koduurija_Pavel_Tisler, lk 13
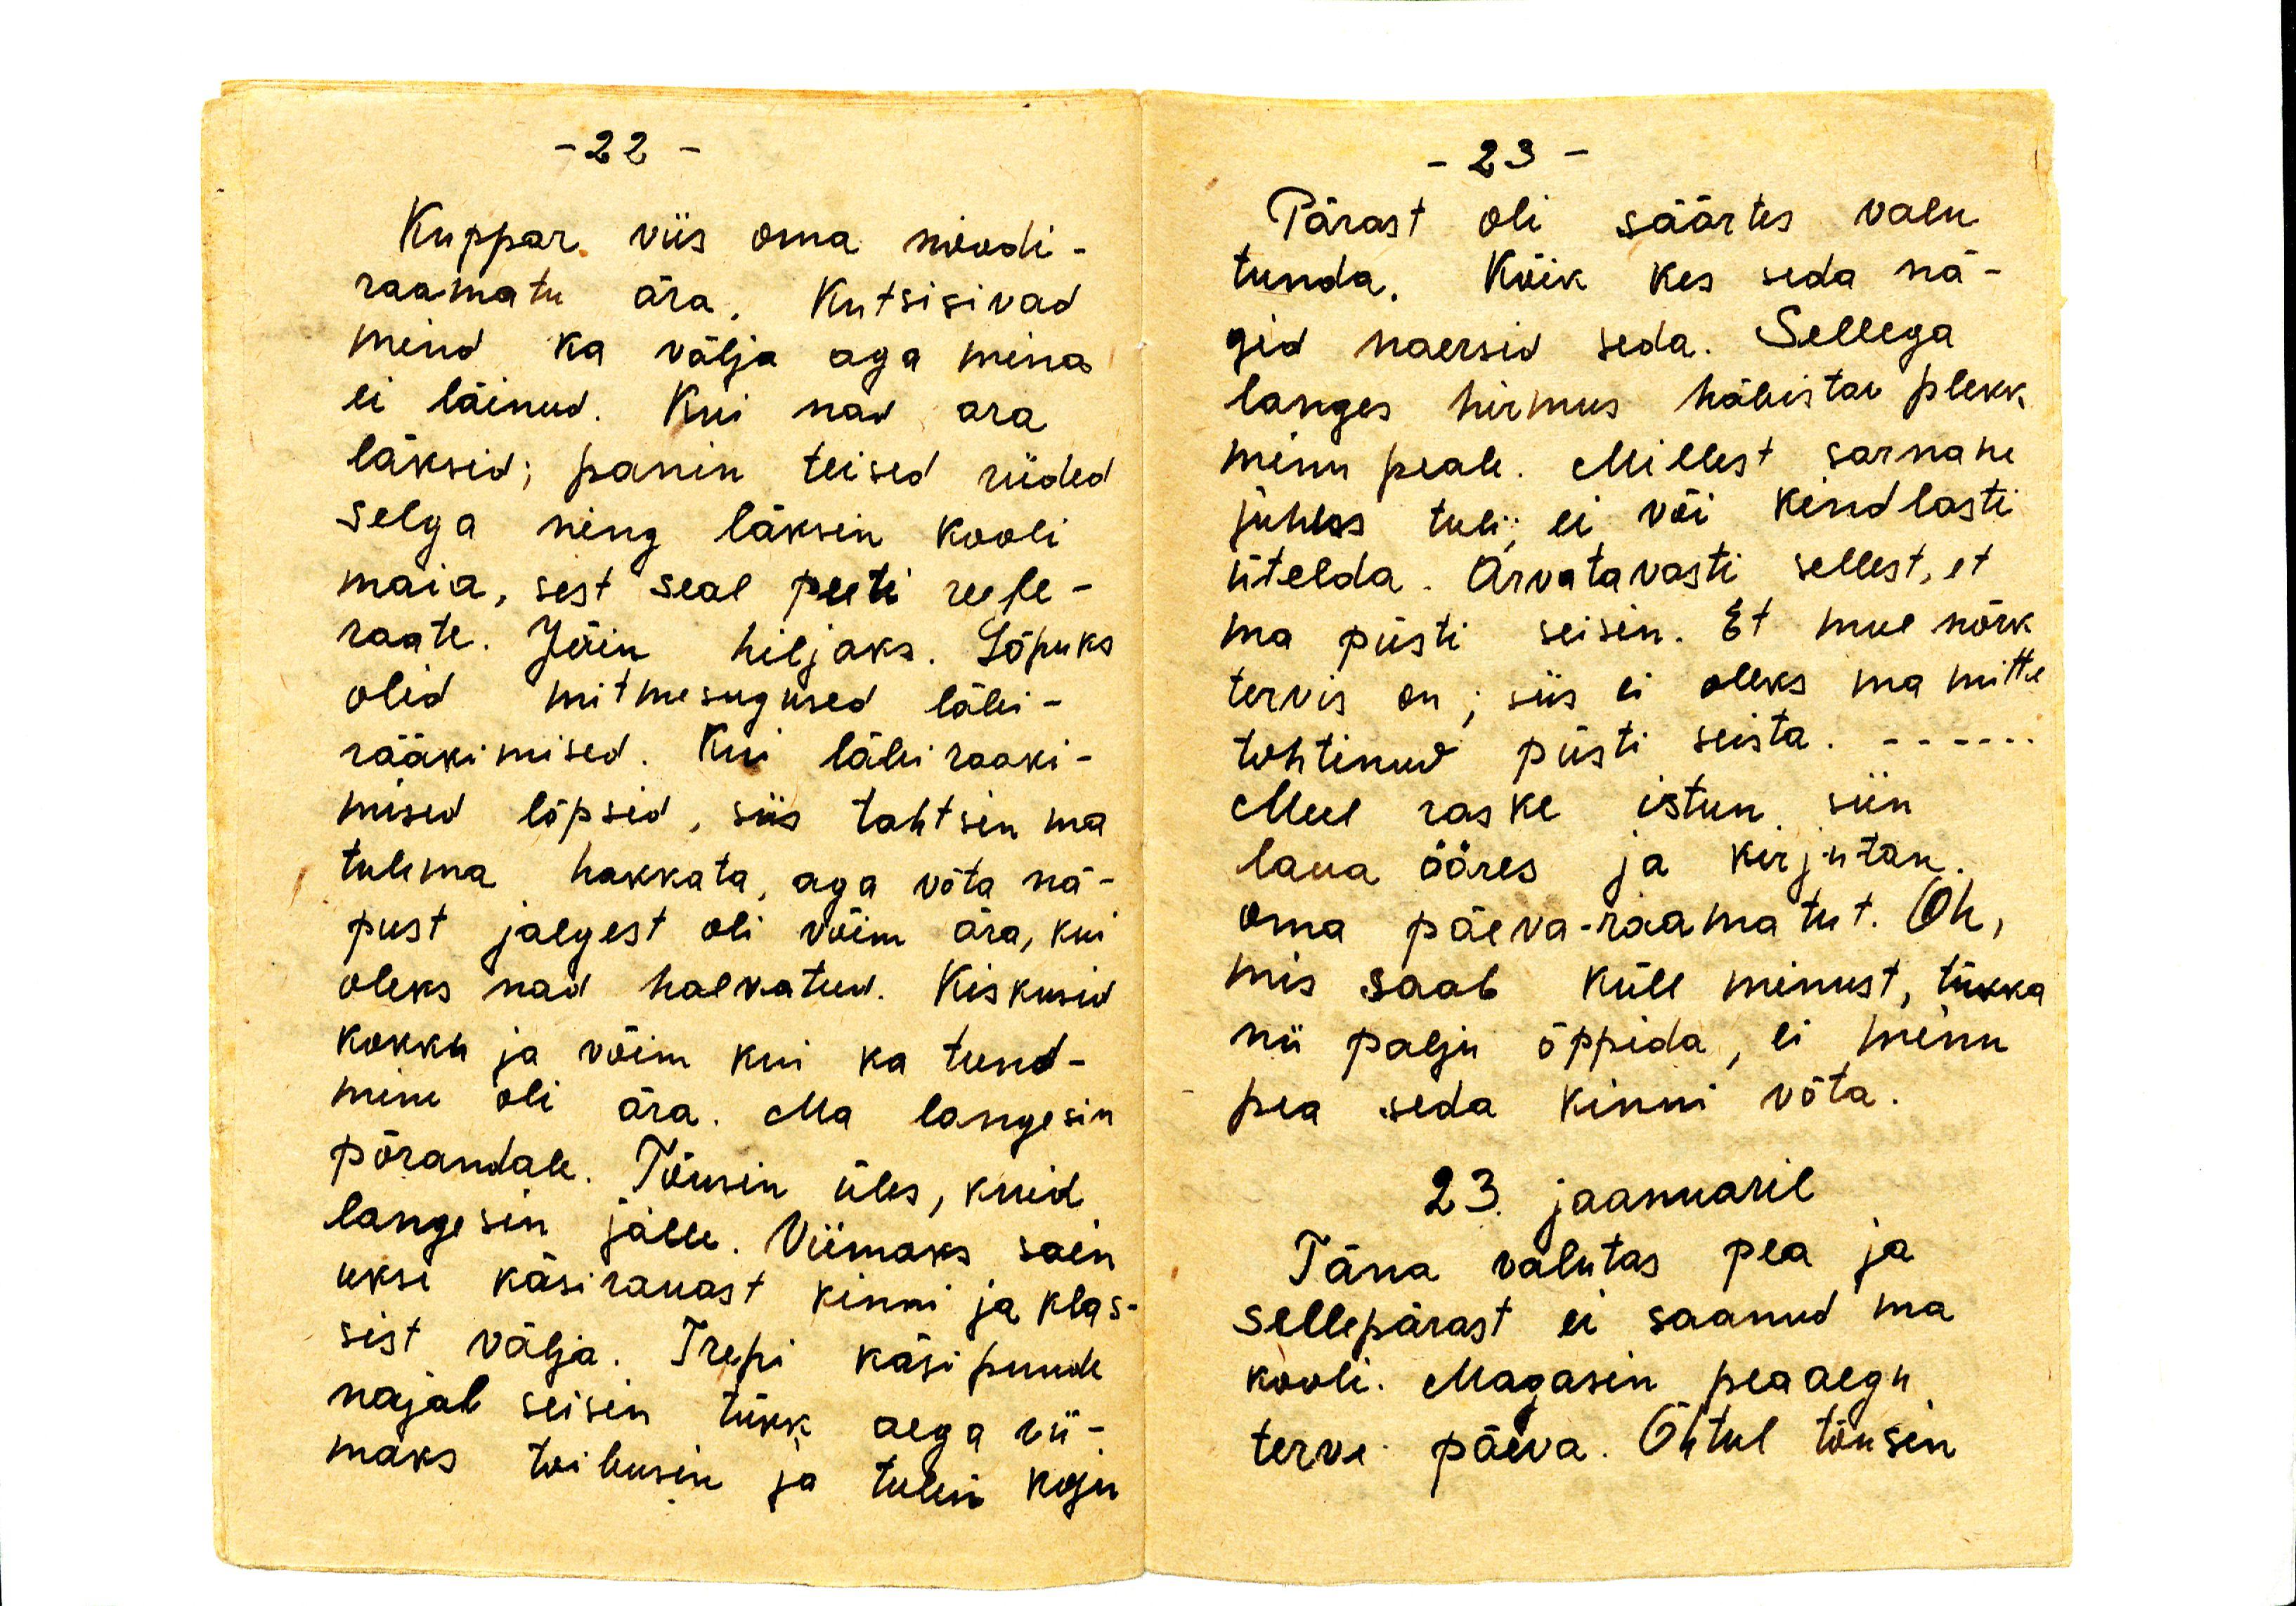
Kuppar viis oma noodi-
raamatu ära. Kutsisivad
mind ka välja aga mina
ei läinud. Kui nad ära
läksid; panin teised riided
selga ning läksin kooli
maia, sest seal peeti reefe-
raate. Jäin hiljaks. Lõpuks
olid mitmesugused läbi-
rääkimised. Kui läbi rääki-
mised lõpsid, siis tahtsin ma
tulema hakkata, aga võta nä-
pust jalgest oli võim ära, kui
oleks nad halvatud. Kiskusid
kokku ja võim kui ka tund-
mine oli ära. Ma langesin
põrandale. Tõusin üles, kuid
langesin jälle. Viimaks sain
üksi käsirauast kinni ja klas-
sist välja. Trepi käsipuude
najal seisis tükk aega vii-
maks toibusin ja tulin koju

Pärast oli säärtes valu
tunda. Kõik kes seda nä-
gid naersid seda. Sellega
langes hirmus häbistav plekk
minu peale. Millest sarnane
juhus tuli, ei või kindlasti
ütelda. Arvatavasti selles, et
ma püsti seisin. Et mul nõrk
tervis on; siis ei oleks ma mitte
tohtinud püsti seista.
Mul raske istun siin
laua ääres ja kirjutan
oma päeva-raamatut. Oh,
mis saab küll minust, tükka
nii palju õppida, ei minu
pea seda kinni võta.
23. jaanuaril
Täna valutas pea ja
sellepärast ei saanud ma
kooli. Magasin peaaegu
terve päeva. Õhtul tõusin